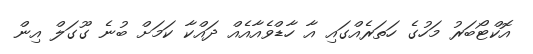
އޮކްޓޯބަރު މަހުގެ ހަތަރެއްގައި އާ ހާޑްވެއާއެއް ދައްކާ ކަމަށް ބުނެ ގޫގަލް އިން